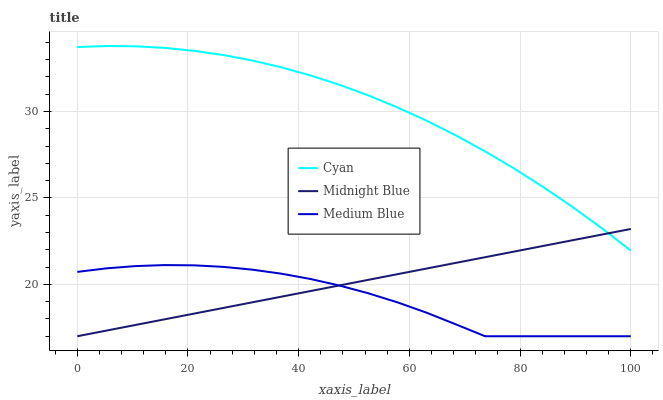
| xaxis_label | Cyan | Midnight Blue | Medium Blue |
 | --- | --- | --- | --- |
 | 0 | 33.7 | 17 | 20.7 |
 | 5.26 | 33.8 | 17.3 | 20.9 |
 | 10.5 | 33.8 | 17.7 | 21.1 |
 | 15.8 | 33.7 | 18 | 21.1 |
 | 21.1 | 33.5 | 18.3 | 21.1 |
 | 26.3 | 33.3 | 18.6 | 21 |
 | 31.6 | 33 | 19 | 20.9 |
 | 36.8 | 32.6 | 19.3 | 20.6 |
 | 42.1 | 32.1 | 19.6 | 20.3 |
 | 47.4 | 31.5 | 19.9 | 19.9 |
 | 52.6 | 30.9 | 20.3 | 19.5 |
 | 57.9 | 30.2 | 20.6 | 19 |
 | 63.2 | 29.5 | 20.9 | 18.4 |
 | 68.4 | 28.6 | 21.2 | 17.7 |
 | 73.7 | 27.7 | 21.6 | 17 |
 | 78.9 | 26.7 | 21.9 | 17 |
 | 84.2 | 25.6 | 22.2 | 17 |
 | 89.5 | 24.5 | 22.6 | 17 |
 | 94.7 | 23.3 | 22.9 | 17 |
 | 100 | 22 | 23.2 | 17 |